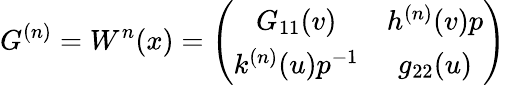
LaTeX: G^{(n)}=W^{n}(x)=\left(\begin{array}{cc}{{G_{11}(v)}}&{{h^{(n)}(v)p}}\\ {{k^{(n)}(u)p^{-1}}}&{{g_{22}(u)}}\end{array}\right)